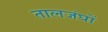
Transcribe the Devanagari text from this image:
तालजंघों